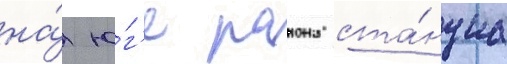
на́ ю́г'е раиона ста́нциа